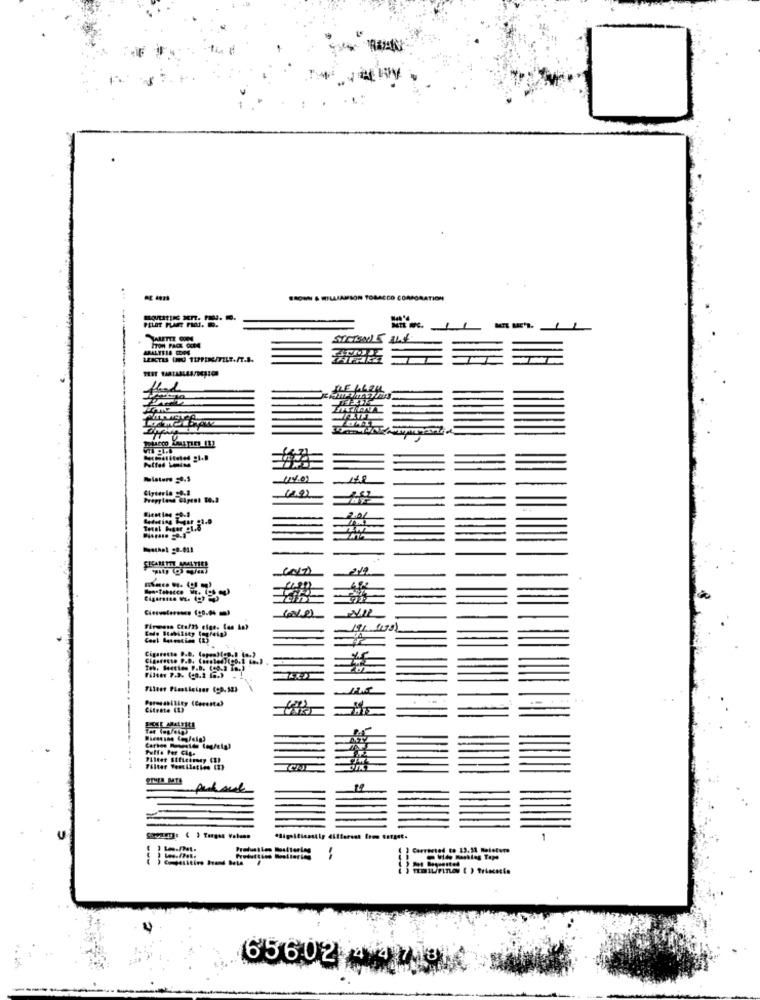
BROWN & WILLIAMSON TOBACCO CORPORATION
-
Misture =0.5
Lafering igar .1.9
2.01
Tecal Iger .1,6
SECARETTE MMALTICE
191 Sits
Cigarette P.D. (opoulton.] [ .. )
Teb. Secties P.B. (40.2 Ta.)
Permeability (Cocente)
Citrate (1)
Puffe Per Cia.
Filter Veoliatien (1)
Corrected to 13.11 Heleture
65602